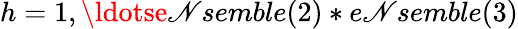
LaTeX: h=1,\ldotse\mathscr{N}semble(2)*e\mathscr{N}semble(3)